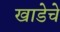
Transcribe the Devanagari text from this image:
खाडेचे